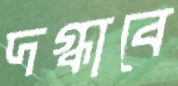
দগ্ধাবে